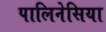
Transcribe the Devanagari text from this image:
पालिनेसिया